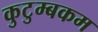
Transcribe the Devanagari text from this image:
कुटुम्‍बकम